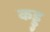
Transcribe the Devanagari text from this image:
कड्डु